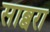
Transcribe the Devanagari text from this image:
साब्बरा